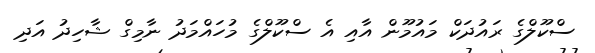
ސްކޫލްގެ ރައުދަކް މައުމޫން އާއި އެ ސްކޫލްގެ މުހައްމަދު ނާމިގް ޝާހިދު އަދި